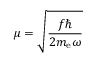
\mu = \sqrt { \frac { f \hbar } { 2 m _ { \mathrm { e } } \omega } }